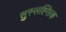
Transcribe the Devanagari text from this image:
सुस्सह्सिक